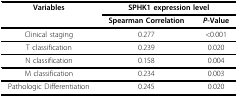
<table><thead><tr><td><b>Variables</b></td><td colspan="2"><b>SPHK1 expression level</b></td></tr><tr><td></td><td><b>Spearman Correlation</b></td><td><b><i>P</i>-Value</b></td></tr></thead><tbody><tr><td>Clinical staging</td><td>0.277</td><td>&lt;0.001</td></tr><tr><td>T classification</td><td>0.239</td><td>0.020</td></tr><tr><td>N classification</td><td>0.158</td><td>0.004</td></tr><tr><td>M classification</td><td>0.234</td><td>0.003</td></tr><tr><td>Pathologic Differentiation</td><td>0.245</td><td>0.020</td></tr></tbody></table>